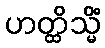
ဟတ္ထိသ္မိံ